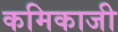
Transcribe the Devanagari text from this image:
कमिकाजी